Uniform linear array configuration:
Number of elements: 32
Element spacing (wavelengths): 1
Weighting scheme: blackman
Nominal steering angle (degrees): -45
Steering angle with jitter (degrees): -44.28
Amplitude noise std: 0.05
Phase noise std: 0.05

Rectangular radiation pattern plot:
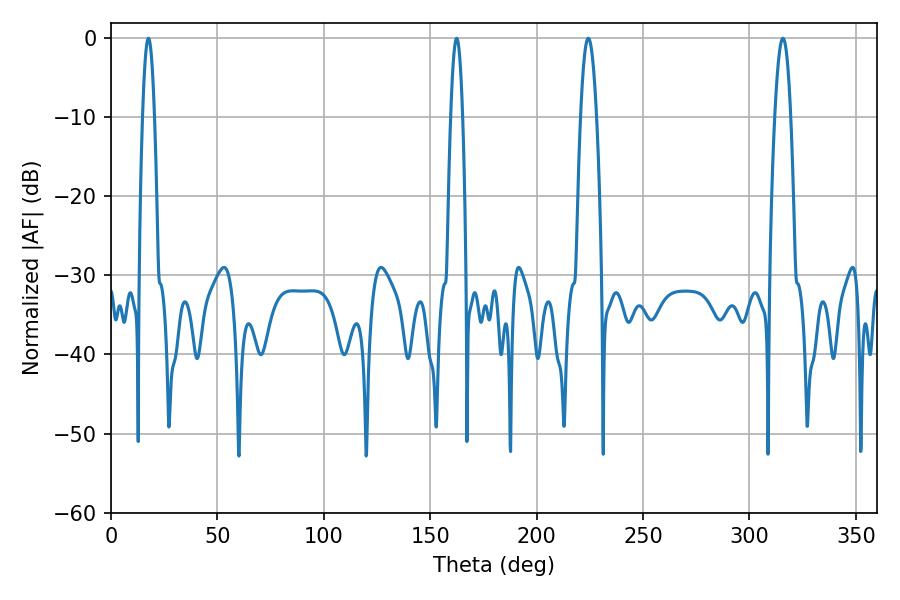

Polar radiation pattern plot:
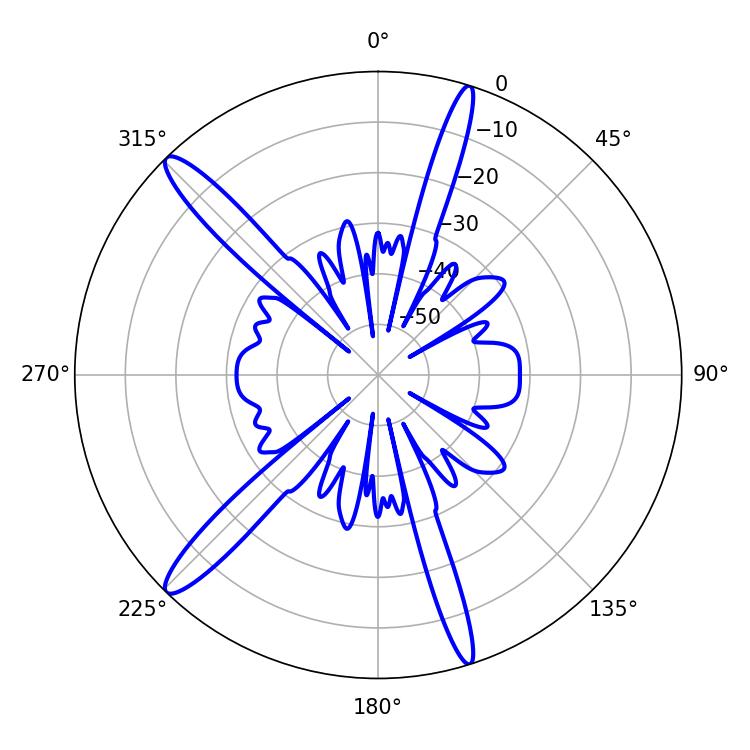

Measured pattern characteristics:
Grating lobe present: TRUE
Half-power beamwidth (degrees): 3.96
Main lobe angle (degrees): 224.28